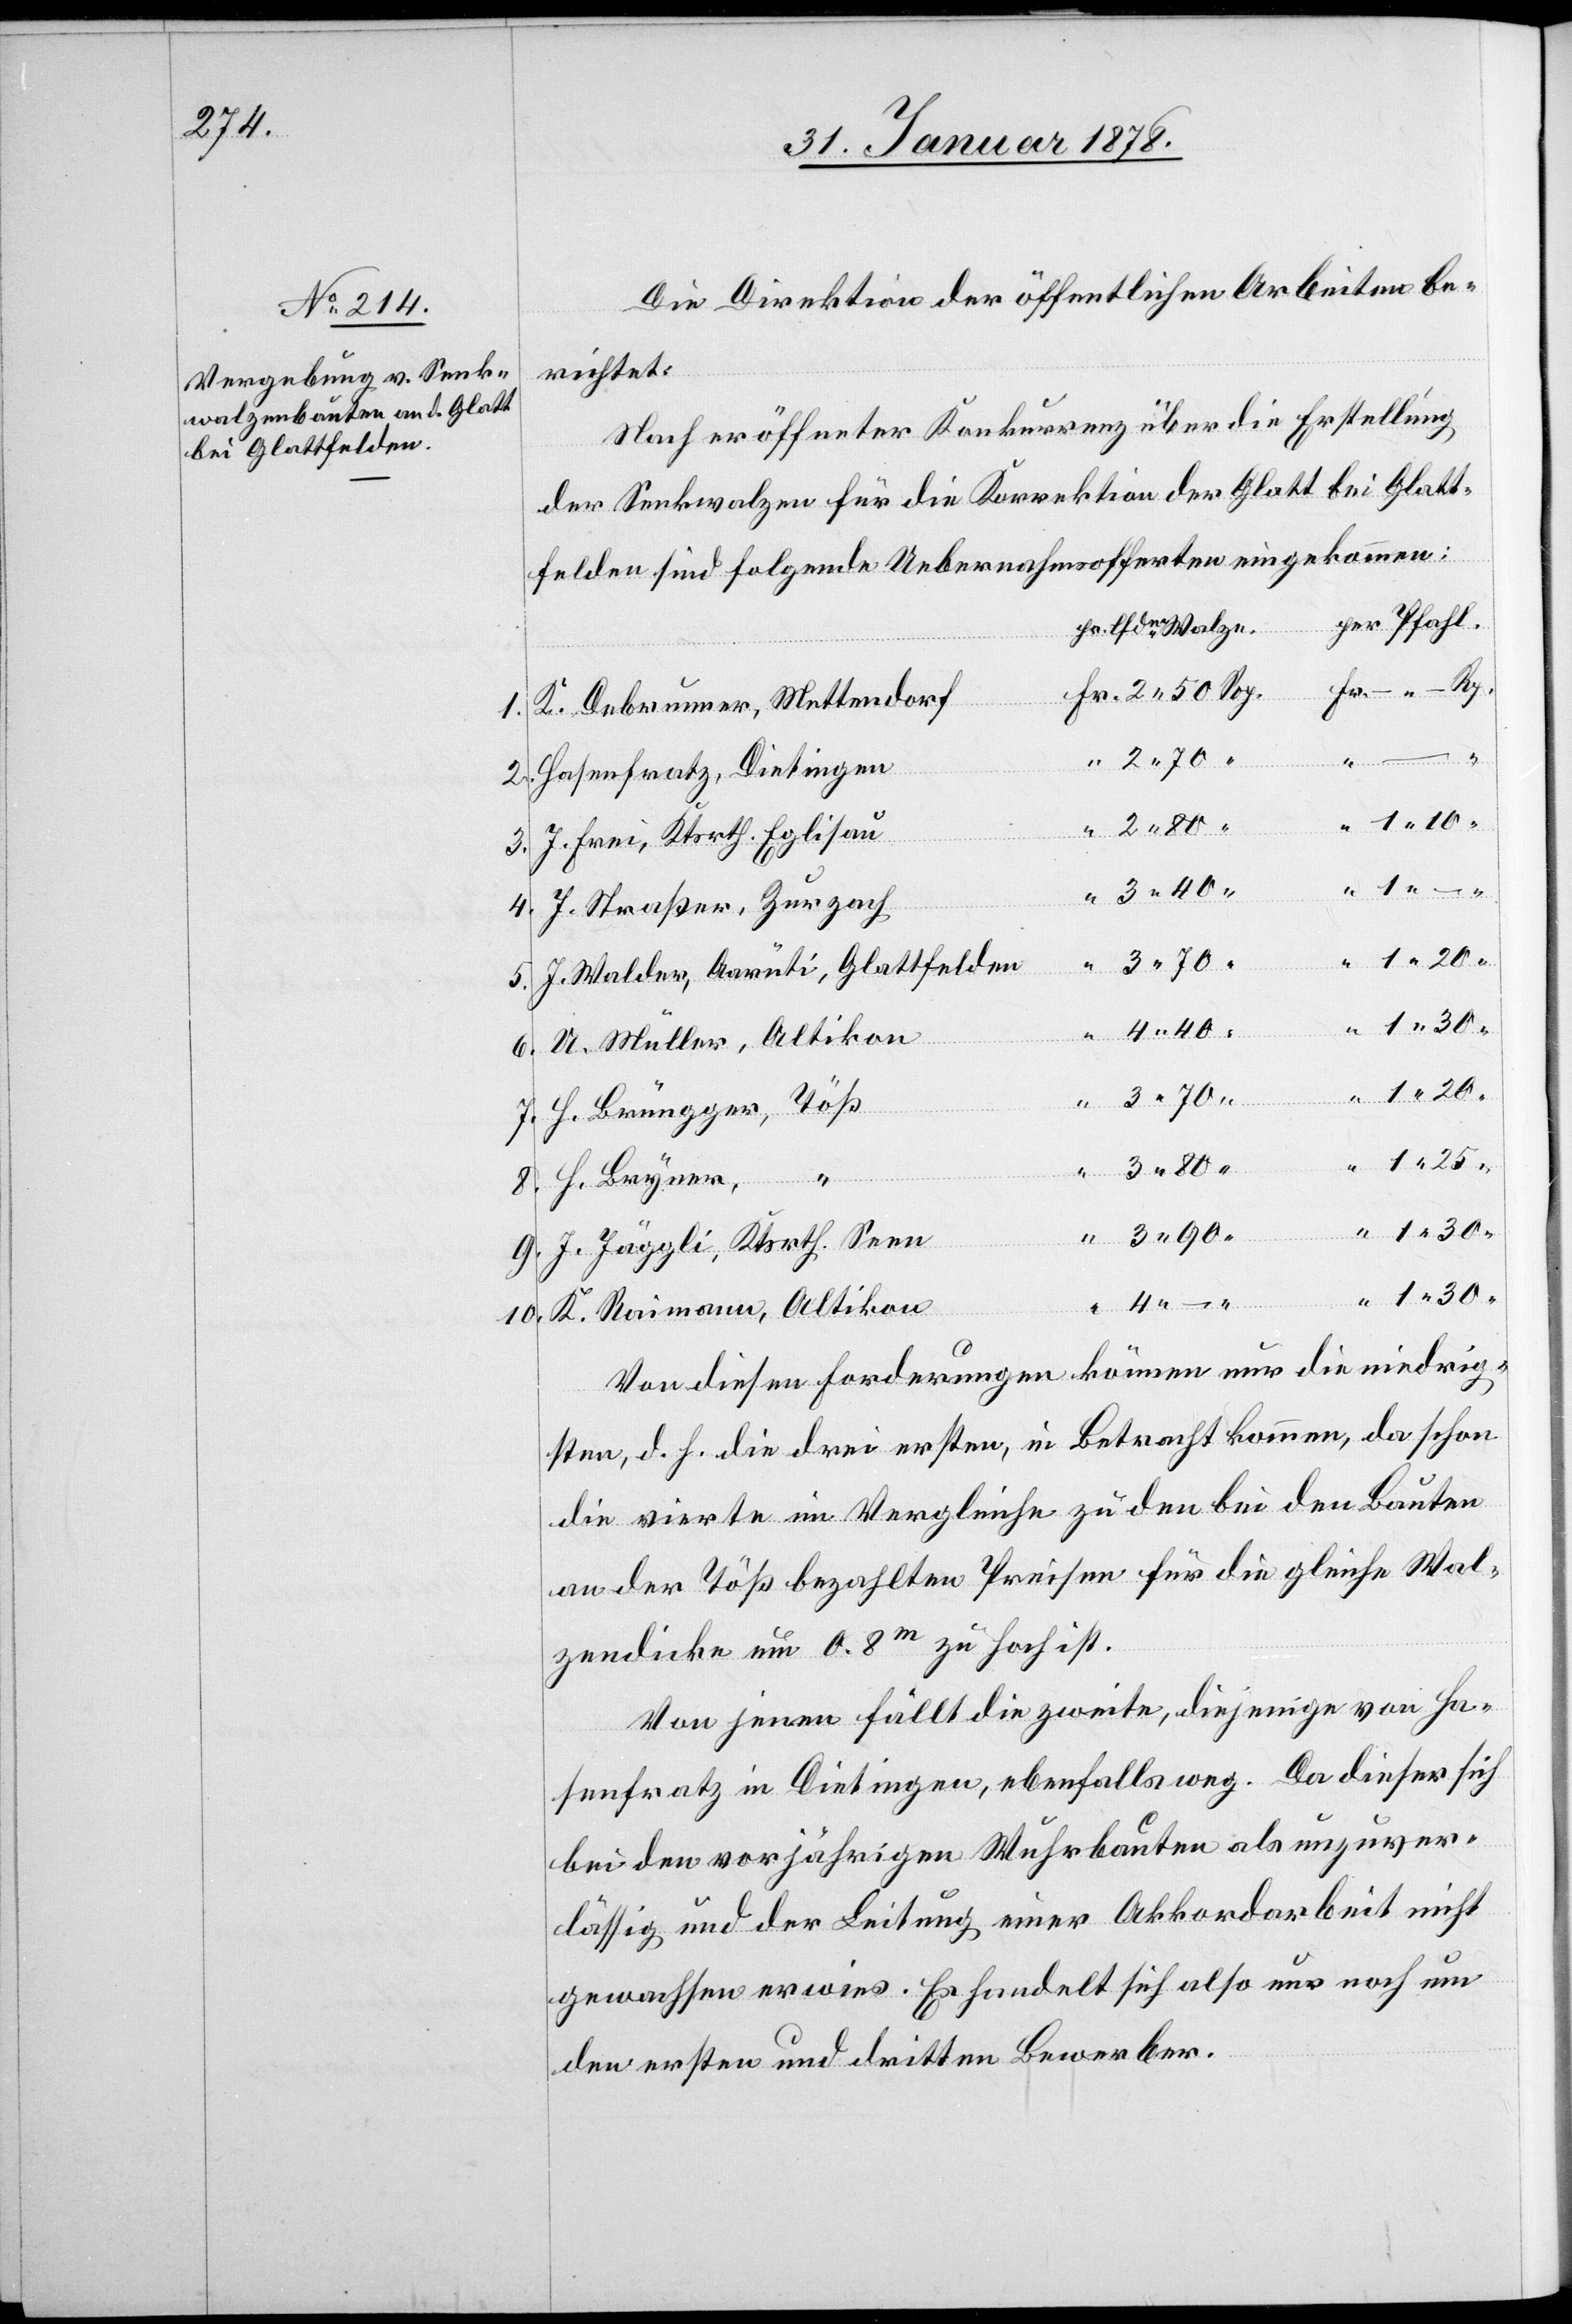
Die Direktion der öffentlichen Arbeiten be¬
richtet:
Nach eröffneter Konkurrenz über die Erstellung
der Senkwalzen für die Korrektion der Glatt bei Glatt¬
felden sind folgende Uebernahmsofferten eingekommen:
per Pfahl.
per lfdm Walze.
K. Debrunner, Mettendorf
1.
30
2. 70
Rp.
1.
Hasenfratz, Dietingen
2. 80
3.
J. Frei, Ktsrth. Eglisau
3. 40
7.
J. Straßer, Zurzach
“
1. 20
J. Walder, Aarüti, Glattfelden
5.
6.
U. Müller, Altikon
3. 90
H. Brügger, Töß
25
3. 80
8.
4.
Bryner,
10.
J. Jäggli, Ktsrth. Seen
K. Raimann, Altikon
Von diesen Forderungen können nur die niedrig¬
sten, d. h. die drei ersten, in Betracht kommen, da schon
die vierte im Vergleiche zu den bei den Bauten
an der Töß bezahlten Preisen für die gleiche Wal¬
zendicke um 0. 8m zu hoch ist.
Von jenen fällt die zweite, diejenige von Ha¬
senfratz in Dietingen, ebenfalls weg. Da dieser sich
bei den vorjährigen Wurbauten als unzuver¬
lässig und der Leitung einer Akkordarbeit nicht
gewachsen erwies. Es handelt sich also nur noch um
den ersten und dritten Bewerber.